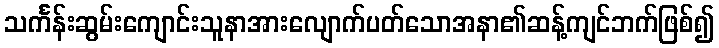
သင်္ကန်းဆွမ်းကျောင်းသူနာအားလျောက်ပတ်သောအနာ၏ဆန့်ကျင်ဘက်ဖြစ်၍